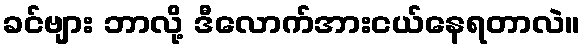
ခင်ဗျား ဘာလို့ ဒီလောက်အားငယ်နေရတာလဲ။